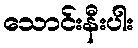
သောင်းနီးပါး